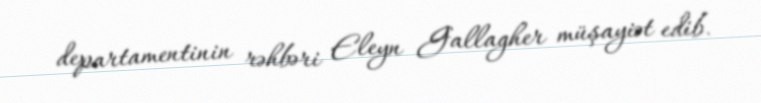
departamentinin rəhbəri Eleyn Gallagher müşayiət edib.